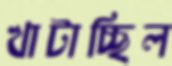
খাটাচ্ছিল